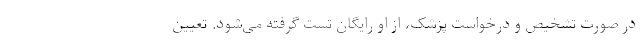
در صورت تشخیص و درخواست پزشک، از او رایگان تست گرفته می‌شود. تعیین